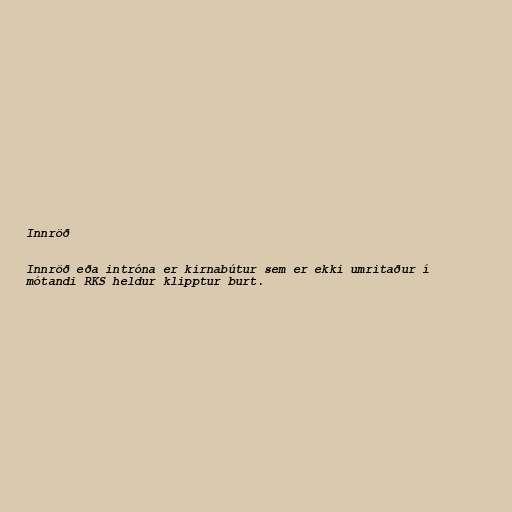
Innröð

Innröð eða intróna er kirnabútur sem er ekki umritaður í
mótandi RKS heldur klipptur burt.